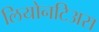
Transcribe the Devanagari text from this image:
लियोनटिअस